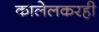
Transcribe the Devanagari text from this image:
कालेलकरही